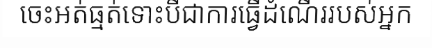
ចេះអត់ធ្មត់ទោះបីជាការធ្វើដំណើររបស់អ្នក